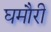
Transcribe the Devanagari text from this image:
घमौरी